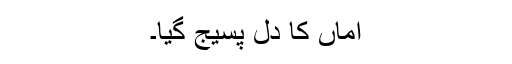
اماں کا دل پسیج گیا۔